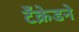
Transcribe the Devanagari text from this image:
टँक्रेडने